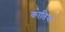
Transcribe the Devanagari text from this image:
कातिया